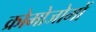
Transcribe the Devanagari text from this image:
क्रोमोजोमों